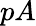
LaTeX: pA